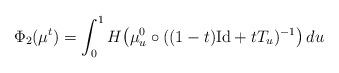
LaTeX: \begin{align*}\Phi_2(\mu^t) = \int_0^1 H\big(\mu^0_u \circ ((1-t)\mathrm{Id} + tT_u)^{-1} \big)\,du\end{align*}